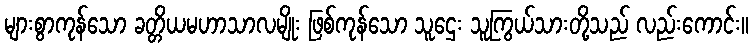
များစွာကုန်သော ခတ္တိယမဟာသာလမျိုး ဖြစ်ကုန်သော သူဌေး သူကြွယ်သားတို့သည် လည်းကောင်း။